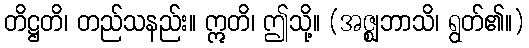
တိဋ္ဌတိ၊ တည်သနည်း။ ဣတိ၊ ဤသို့။ (အဇ္ဈဘာသိ၊ ရွတ်၏။)